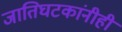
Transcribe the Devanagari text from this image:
जातिघटकांनीही